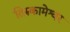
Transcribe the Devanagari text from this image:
तिरुकामेश्वर